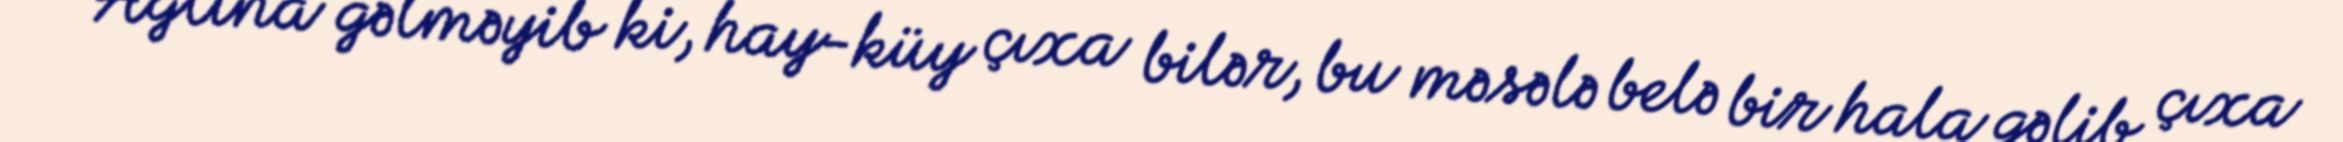
Ağlına gəlməyib ki, hay-küy çıxa bilər, bu məsələ belə bir hala gəlib çıxa